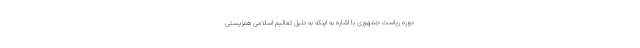
دوره ریاست جمهوری با اشاره به اینکه به دلیل تعالیم اسلامی همزیستی